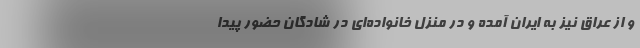
و از عراق نیز به ایران آمده و در منزل خانواده‌ای در شادگان حضور پیدا